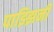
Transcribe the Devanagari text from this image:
पाझ्झिनी